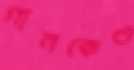
গানকেও